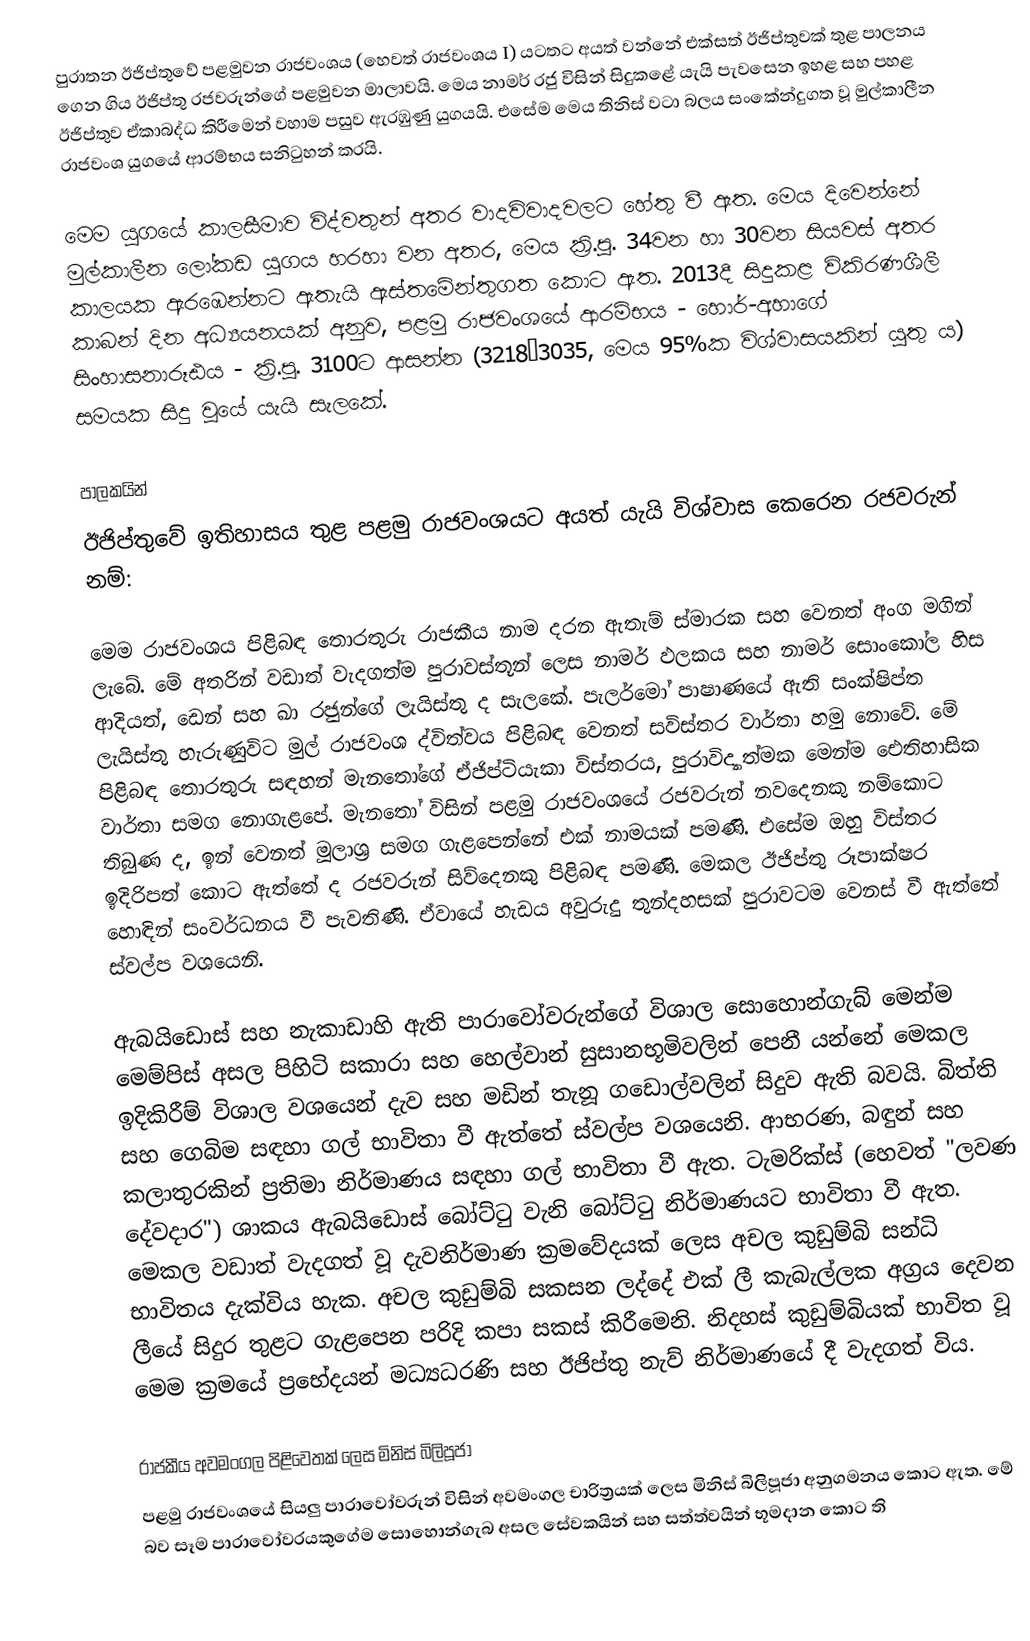
පුරාතන ඊජිප්තුවේ පළමුවන රාජවංශය (හෙවත් රාජවංශය I) යටතට අයත් වන්නේ එක්සත් ඊජිප්තුවක් තුළ පාලනය ගෙන ගිය ඊජිප්තු රජවරුන්ගේ පළමුවන මාලාවයි. මෙය නාමර් රජු විසින් සිදුකළේ යැයි පැවසෙන ඉහළ සහ පහළ ඊජිප්තුව ඒකාබද්ධ කිරීමෙන් වහාම පසුව ඇරඹුණු යුගයයි. එසේම මෙය තිනිස් වටා බලය සංකේන්දුගත වූ මුල්කාලීන රාජවංශ යුගයේ ආරම්භය සනිටුහන් කරයි.

මෙම යුගයේ කාලසීමාව විද්වතුන් අතර වාදවිවාදවලට හේතු වී ඇත. මෙය දිවෙන්නේ මුල්කාලීන ලෝකඩ යුගය හරහා වන අතර, මෙය ක්‍රි.පූ. 34වන හා 30වන සියවස් අතර කාලයක ඇරඹෙන්නට ඇතැයි ඇස්තමේන්තුගත කොට ඇත. 2013දී සිදුකළ විකිරණශීලී කාබන් දින අධ්‍යයනයක් අනුව, පළමු රාජවංශයේ ආරම්භය - හොර්-අහාගේ සිංහාසනාරූඪය - ක්‍රි.පූ. 3100ට ආසන්න (3218–3035, මෙය 95%ක විශ්වාසයකින් යුතු ය) සමයක සිදු වූයේ යැයි සැලකේ.

පාලකයින්
ඊජිප්තුවේ ඉතිහාසය තුළ පළමු රාජවංශයට අයත් යැයි විශ්වාස කෙරෙන රජවරුන් නම්:

මෙම රාජවංශය පිළිබඳ තොරතුරු රාජකීය නාම දරන ඇතැම් ස්මාරක සහ වෙනත් අංග මගින් ලැබේ. මේ අතරින් වඩාත් වැදගත්ම පුරාවස්තූන් ලෙස නාමර් ඵලකය සහ නාමර් සොංකෝල හිස ආදියත්, ඩෙන් සහ ඛා රජුන්ගේ ලැයිස්තු ද සැලකේ. පැලර්මෝ පාෂාණයේ ඇති සංක්ෂිප්ත ලැයිස්තු හැරුණුවිට මුල් රාජවංශ ද්විත්වය පිළිබඳ වෙනත් සවිස්තර වාර්තා හමු නොවේ. මේ පිළිබඳ තොරතුරු සඳහන් මැනතෝගේ ඒජිප්ටියැකා විස්තරය, පුරාවිද්‍යාත්මක මෙන්ම ඓතිහාසික වාර්තා සමග නොගැ‍ළපේ. මැනතෝ විසින් පළමු රාජවංශයේ රජවරුන් නවදෙනකු නම්කොට තිබුණ ද, ඉන් වෙනත් මූලාශ්‍ර සමග ගැළපෙන්නේ එක් නාමයක් පමණි. එසේම ඔහු විස්තර ඉදිරිපත් කොට ඇත්තේ ද රජවරුන් සිව්දෙනකු පිළිබඳ පමණි. මෙකල ඊජිප්තු රූපාක්ෂර හොඳින් සංවර්ධනය වී පැවතිණි. ඒවායේ හැඩය අවුරුදු තුන්දහසක් පුරාවටම වෙනස් වී ඇත්තේ ස්වල්ප වශයෙනි.

ඇබයිඩොස් සහ නැකාඩාහි ඇති පාරාවෝවරුන්ගේ විශාල සොහොන්ගැබ් මෙන්ම මෙම්පිස් අසල පිහිටි සකාරා සහ හෙල්වාන් සුසානභූමිවලින් පෙනී යන්නේ මෙකල ඉදිකිරීම් විශාල වශයෙන් දැව සහ මඩින් තැනූ ගඩොල්වලින් සිදුව ඇති බවයි. බිත්ති සහ ‍ගෙබිම සඳහා ගල් භාවිතා වී ඇත්තේ ස්වල්ප වශයෙනි. ආභරණ, බඳුන් සහ කලාතුරකින් ප්‍රතිමා නිර්මාණය සඳහා ගල් භාවිතා වී ඇත. ටැමරික්ස් (හෙවත් "ලවණ දේවදාර") ශාකය ඇබයිඩොස් බෝට්ටු වැනි බෝට්ටු නිර්මාණයට භාවිතා වී ඇත. මෙකල වඩාත් වැදගත් වූ දැවනිර්මාණ ක්‍රමවේදයක් ලෙස අචල කුඩුම්බි සන්ධි භාවිතය දැක්විය හැක. අචල කුඩුම්බි සකසන ලද්දේ එක් ලී කැබැල්ලක අග්‍රය දෙවන ලීයේ සිදුර තුළට ගැළපෙන පරිදි කපා සකස් කිරීමෙනි. නිදහස් කුඩුම්බියක් භාවිත වූ මෙම ක්‍රමයේ ප්‍රභේදයන් මධ්‍යධරණි සහ ඊජිප්තු නැව් නිර්මාණයේ දී වැදගත් විය.

රාජකීය අවමංගල පිළිවෙතක් ලෙස මිනිස් බිලිපූජා
පළමු රාජවංශයේ සියලු පාරාවෝවරුන් විසින් අවමංගල චාරිත්‍රයක් ලෙස මිනිස් බිලිපූජා අනුගමනය කොට ඇත. මේ බව සෑම පාරාවෝවරයකුගේම සොහොන්ගැබ අසල සේවකයින් සහ සත්ත්වයින් භූමදාන කොට ති